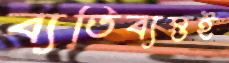
ব্যতিব্যস্তই